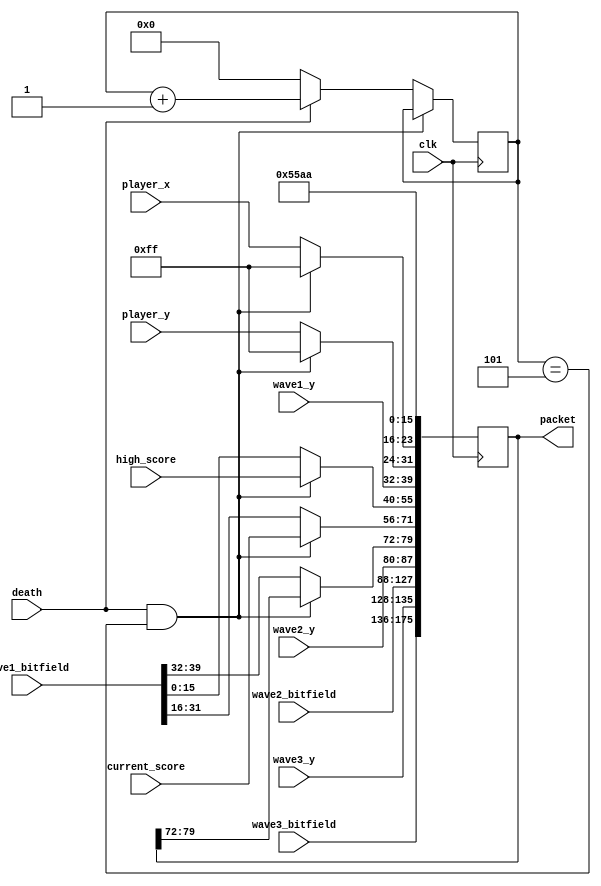
module assemble_pack( clk, //50 Hz clk
                      player_x,
                      player_y,
                      wave1_y,
                      wave2_y,
                      wave3_y,
                      wave1_bitfield,
                      wave2_bitfield,
                      wave3_bitfield,
                      death,
                      current_score,
                      high_score,
                      packet);

input wire clk, death;
input wire [7:0]  player_x;
input wire [7:0]  player_y;
input wire [7:0]  wave1_y;
input wire [7:0]  wave2_y;
input wire [7:0]  wave3_y;
input wire [39:0] wave1_bitfield;
input wire [39:0] wave2_bitfield;
input wire [39:0] wave3_bitfield;
input wire [15:0] current_score, high_score;
output reg [175:0] packet;

reg [5:0] death_cnt;

initial begin
  packet <= 0;
  death_cnt <= 0;
end

always @(posedge clk) begin
  packet[15:0] <= 16'h55AA;
  if (death == 1 && death_cnt == 5) begin //50 for implementation
    packet[31:16] <= 16'hFFFF;
    packet[55:40] <= high_score;
    packet[71:56] <= current_score;
  end else begin
    death_cnt <= (death == 1) ? (death_cnt + 1) : 0;
    packet[23:16] <= player_x;
    packet[31:24] <= player_y;
    packet[79:40] <= wave1_bitfield;
  end
  packet[39:32] <= wave1_y;
  packet[87:80] <= wave2_y;
  packet[127:88] <= wave2_bitfield;
  packet[135:128] <= wave3_y;
  packet[175:136] <= wave3_bitfield;
end

endmodule